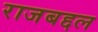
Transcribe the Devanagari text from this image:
राजबद्दल